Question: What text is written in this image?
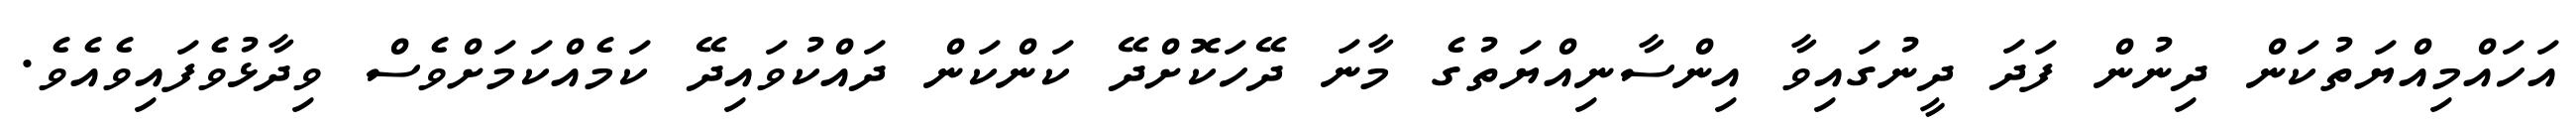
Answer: އަހައްމިއްޔަތުކަން ދިނުން ފަދަ ދީނުގައިވާ އިންސާނިއްޔަތުގެ މާނަ ދޭހަކޮށްދޭ ކަންކަން ދައްކުވައިދޭ ކަމެއްކަމަށްވެސް ވިދާޅުވެފައިވެއެވެ.